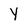
Character: Y